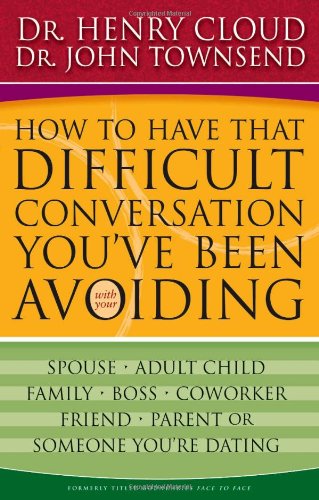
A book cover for How to Have That Difficult Conversation You've Been Avoiding: With Your Spouse, Adult Child, Boss, Coworker, Best Friend, Parent, or Someone You're Dating; Henry Cloud; Parenting & Relationships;